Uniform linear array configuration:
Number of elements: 48
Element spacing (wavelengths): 0.75
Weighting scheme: cosine
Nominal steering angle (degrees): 45
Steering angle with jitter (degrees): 45.386
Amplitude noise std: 0.05
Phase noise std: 0.05

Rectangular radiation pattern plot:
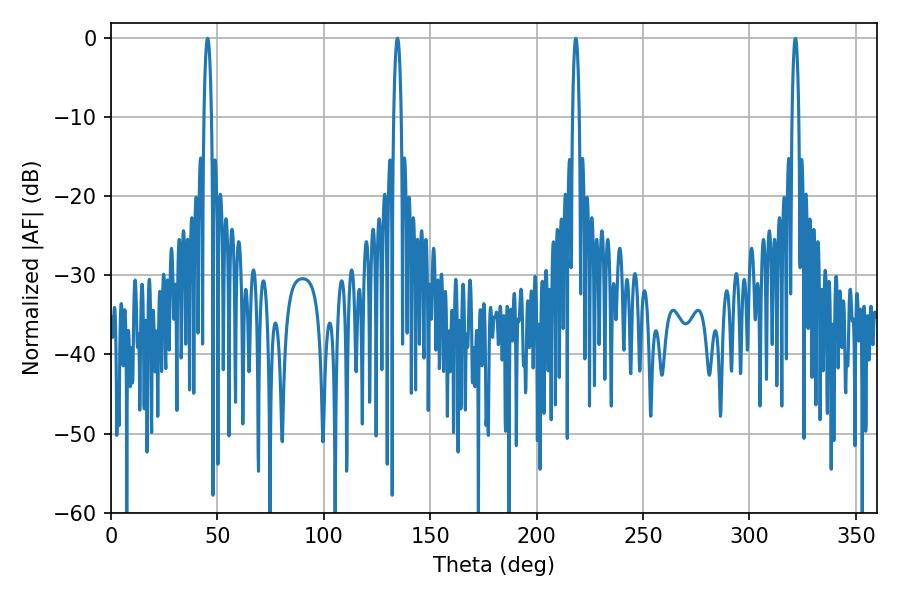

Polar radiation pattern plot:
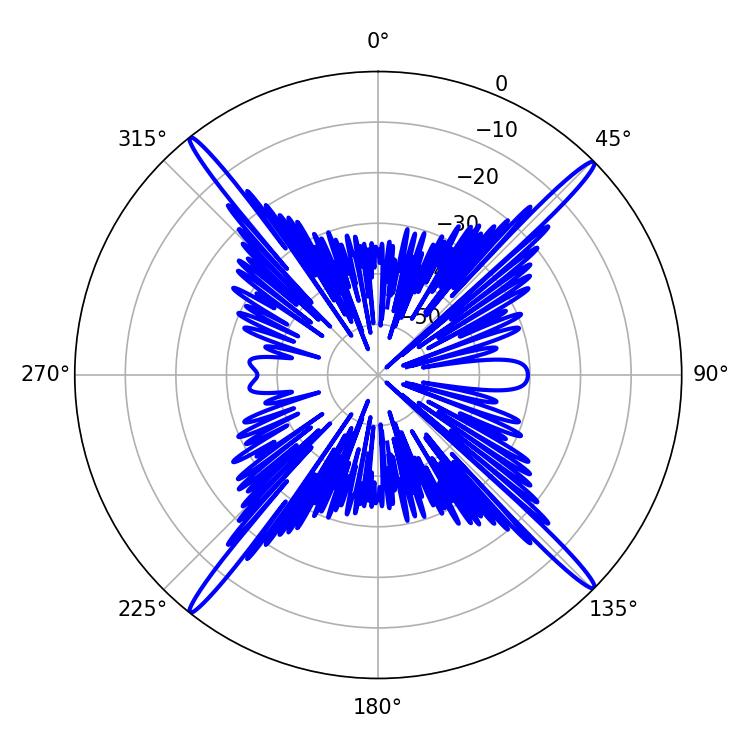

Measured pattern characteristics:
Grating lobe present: TRUE
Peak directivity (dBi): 22.113
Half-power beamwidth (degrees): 1.98
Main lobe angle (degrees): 45.36